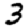
Digit: 3